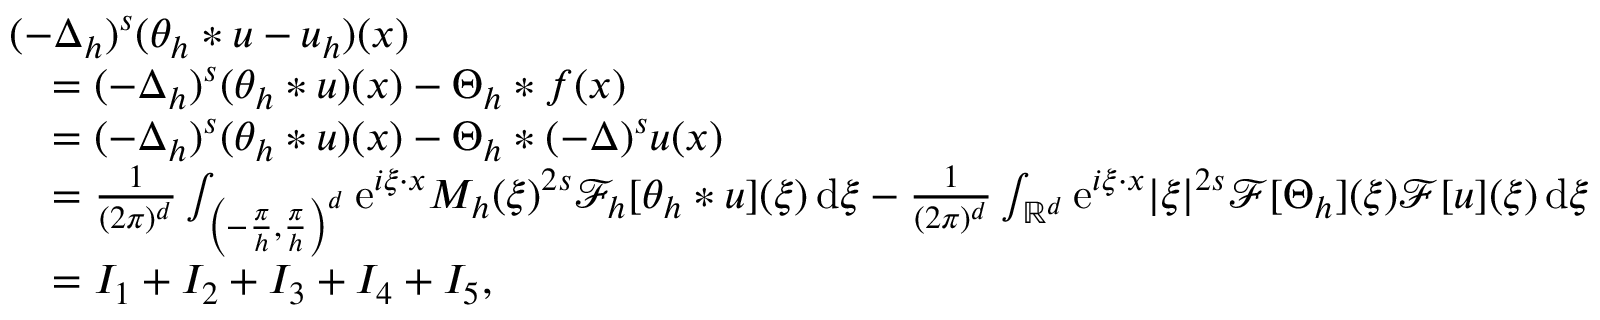
\begin{array} { r l } & { ( - \Delta _ { h } ) ^ { s } ( \theta _ { h } * u - u _ { h } ) ( x ) } \\ & { \quad = ( - \Delta _ { h } ) ^ { s } ( \theta _ { h } * u ) ( x ) - \Theta _ { h } * f ( x ) } \\ & { \quad = ( - \Delta _ { h } ) ^ { s } ( \theta _ { h } * u ) ( x ) - \Theta _ { h } * ( - \Delta ) ^ { s } u ( x ) } \\ & { \quad = \frac { 1 } { ( 2 \pi ) ^ { d } } \int _ { \left( - \frac { \pi } { h } , \frac { \pi } { h } \right) ^ { d } } { \mathrm { e } } ^ { i \xi \cdot x } M _ { h } ( \xi ) ^ { 2 s } \mathcal { F } _ { h } [ \theta _ { h } * u ] ( \xi ) \, \mathrm { d } \xi - \frac { 1 } { ( 2 \pi ) ^ { d } } \int _ { \mathbb { R } ^ { d } } { \mathrm { e } } ^ { i \xi \cdot x } | \xi | ^ { 2 s } \mathcal { F } [ \Theta _ { h } ] ( \xi ) \mathcal { F } [ u ] ( \xi ) \, \mathrm { d } \xi } \\ & { \quad = I _ { 1 } + I _ { 2 } + I _ { 3 } + I _ { 4 } + I _ { 5 } , } \end{array}